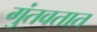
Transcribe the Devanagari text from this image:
गुंतवतात